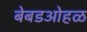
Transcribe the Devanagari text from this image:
बेबडओहळ